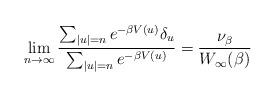
LaTeX: \begin{align*} \lim_{n \to \infty} \frac{\sum_{|u|=n} e^{-\beta V(u)}\delta_u}{\sum_{|u|=n} e^{-\beta V(u)}} = \frac{\nu_\beta }{W_\infty(\beta)} \end{align*}